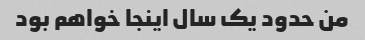
من حدود یک سال اینجا خواهم بود